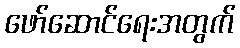
ဖော်ဆောင်ရေးအတွက်